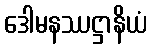
ဒေါမနဿဋ္ဌာနိယံ